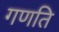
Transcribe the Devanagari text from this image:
गणति